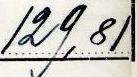
129,81